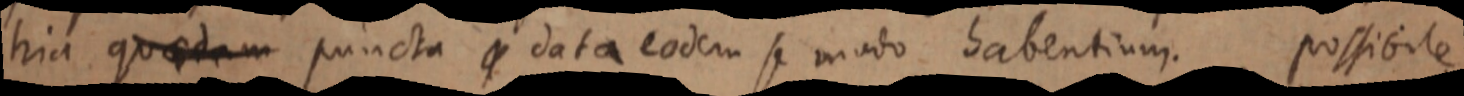
hia quaedam puncta _ data eodem se modo habentium. possibile